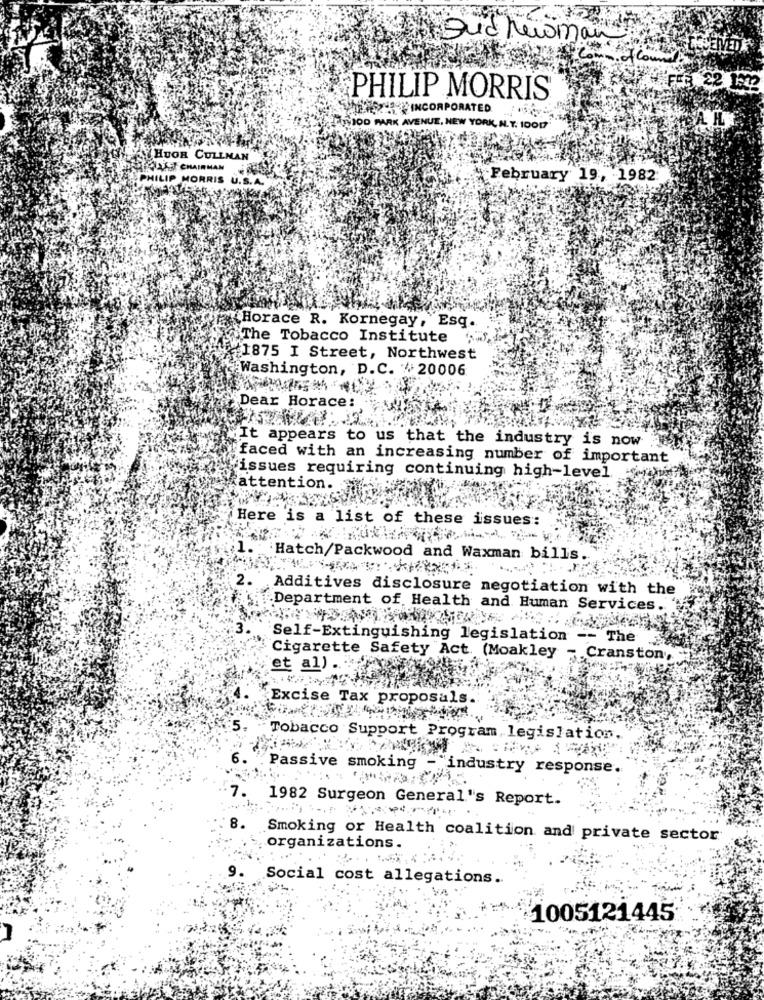
Dud human
of Course
FEB 22 1:12
PHILIP MORRIS
AH.
GITTIOD PARK AVENUE, NEW YORK, N.T. 10017
HUOR CULLMAN
267 CHAIRMAN
LIP MORRIS
February 19, 1982
Horace R. Kornegay, Esq.
The Tobacco Institute
1875 I Street, Northwest
Washington, D.C. #20006
Dear Horace:
It appears to us that the industry is now
faced with an increasing number of important
Wissues requiring continuing high-level.
wattention.
Here is a list of these issues:
1. Hatch/Packwood and Waxman bills.
2.
Additives disclosure negotiation with the
Department of Health and Human Services.
Self-Extinguishing legislation -- The
Cigarette Safety Act. (Moakley
Cranston,
et al)
Excise Tax proposals.
Tobacco Support Program, legislation.
6.
Passive smoking
="industry response.
7. 1982 Surgeon General's Report.
8.
Smoking or Health coalition and private sector
organizations.
Social cost allegations ..
1005121445